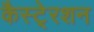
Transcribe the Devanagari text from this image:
कैस्टे्रशन